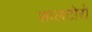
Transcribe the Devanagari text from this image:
सालटोरो